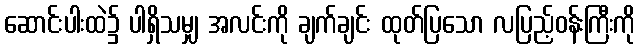
ဆောင်းပါးထဲ၌ ပါရှိသမျှ အလင်းကို ချက်ချင်း ထုတ်ပြသော လပြည့်ဝန်းကြီးကို